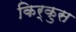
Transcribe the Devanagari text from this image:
किर्कुस